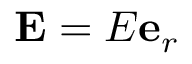
\mathbf { E } = E \mathbf { e } _ { r }